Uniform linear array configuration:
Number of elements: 64
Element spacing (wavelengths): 0.5
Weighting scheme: kaiser
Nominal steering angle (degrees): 0
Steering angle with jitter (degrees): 0.2725
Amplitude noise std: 0.05
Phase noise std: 0.05

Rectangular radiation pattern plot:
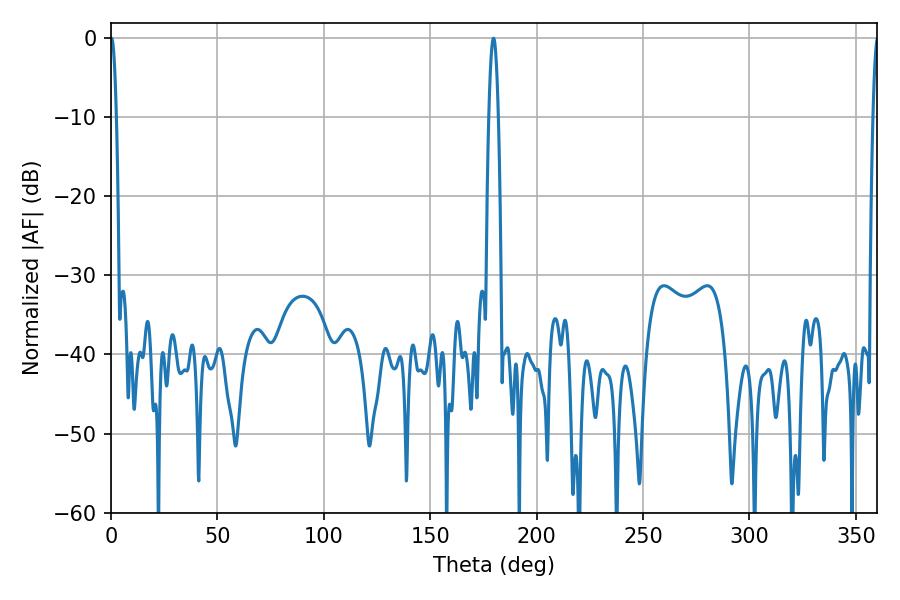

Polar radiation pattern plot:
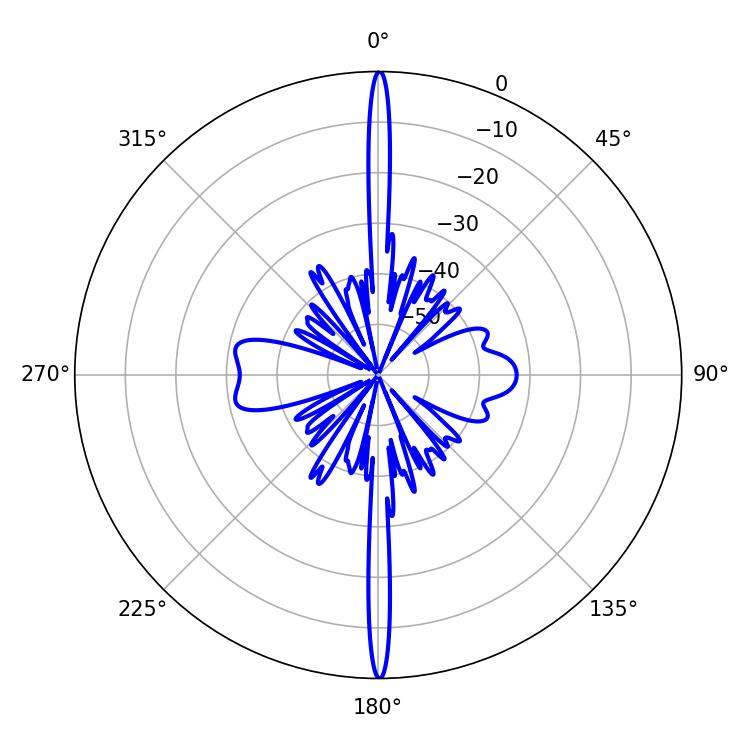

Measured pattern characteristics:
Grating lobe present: FALSE
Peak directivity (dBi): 37.979
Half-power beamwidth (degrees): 1.44
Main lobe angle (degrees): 0.18